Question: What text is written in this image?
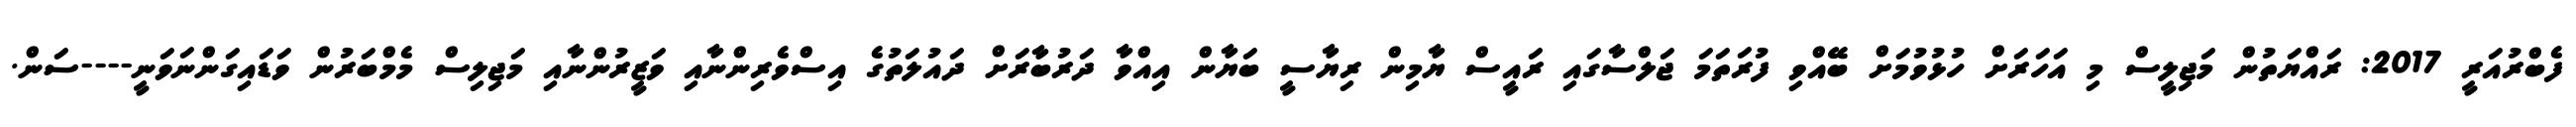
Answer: ފެބްރުއަރީ 2017: ރައްޔަތުން މަޖިލީސް މި އަހަރަށް ހުޅުވުމަށް ބޭއްވި ފުރަތަމަ ޖަލްސާގައި ރައީސް ޔާމިން ރިޔާސީ ބަޔާން އިއްވާ ދަރުބާރަށް ދައުލަތުގެ އިސްވެރިންނާއި ވަޒީރުންނާއި މަޖިލިސް މެމްބަރުން ވަޑައިގަންނަވަނީ----ސަން.